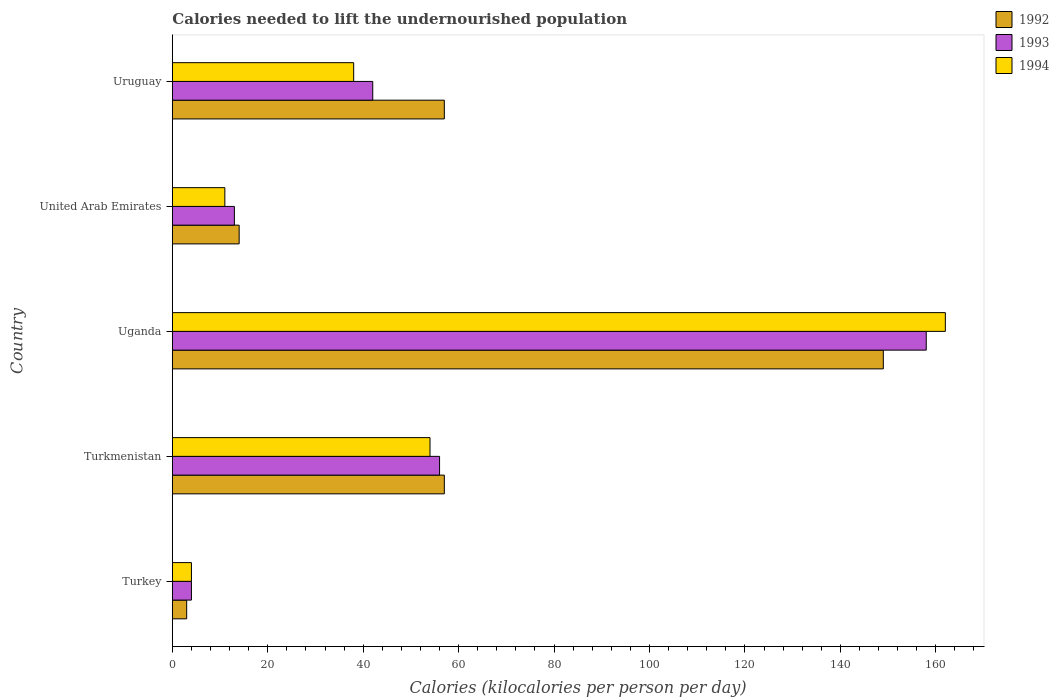
| Country | 1992 | 1993 | 1994 |
 | --- | --- | --- | --- |
 | Turkey | 3 | 4 | 4 |
 | Turkmenistan | 57 | 56 | 54 |
 | Uganda | 149 | 158 | 162 |
 | United Arab Emirates | 14 | 13 | 11 |
 | Uruguay | 57 | 42 | 38 |